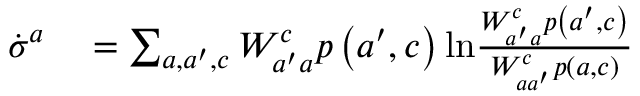
\begin{array} { r l } { \dot { \sigma } ^ { a } } & { { } = \sum _ { a , a ^ { \prime } , c } W _ { a ^ { \prime } a } ^ { c } p \left( a ^ { \prime } , c \right) \mathrm { l n } \frac { W _ { a ^ { \prime } a } ^ { c } p \left( a ^ { \prime } , c \right) } { W _ { a a ^ { \prime } } ^ { c } p \left( a , c \right) } } \end{array}